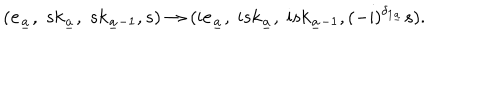
( { \bf e } _ { \underline { { a } } } , \; s k _ { \underline { { a } } } , \; s k _ { { \underline { { a } } } - 1 } , s ) \to ( \mathrm { i } { \bf e } _ { \underline { { a } } } , \; \mathrm { i } s k _ { \underline { { a } } } , \; \mathrm { i } s k _ { { \underline { { a } } } - 1 } , ( - \mathrm { i } ) ^ { \delta _ { 1 { \underline { { a } } } } } s ) .